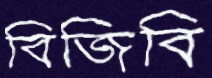
বিজিবি